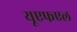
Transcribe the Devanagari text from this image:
यूएफएल